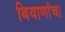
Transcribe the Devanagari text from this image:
बियाणांचा